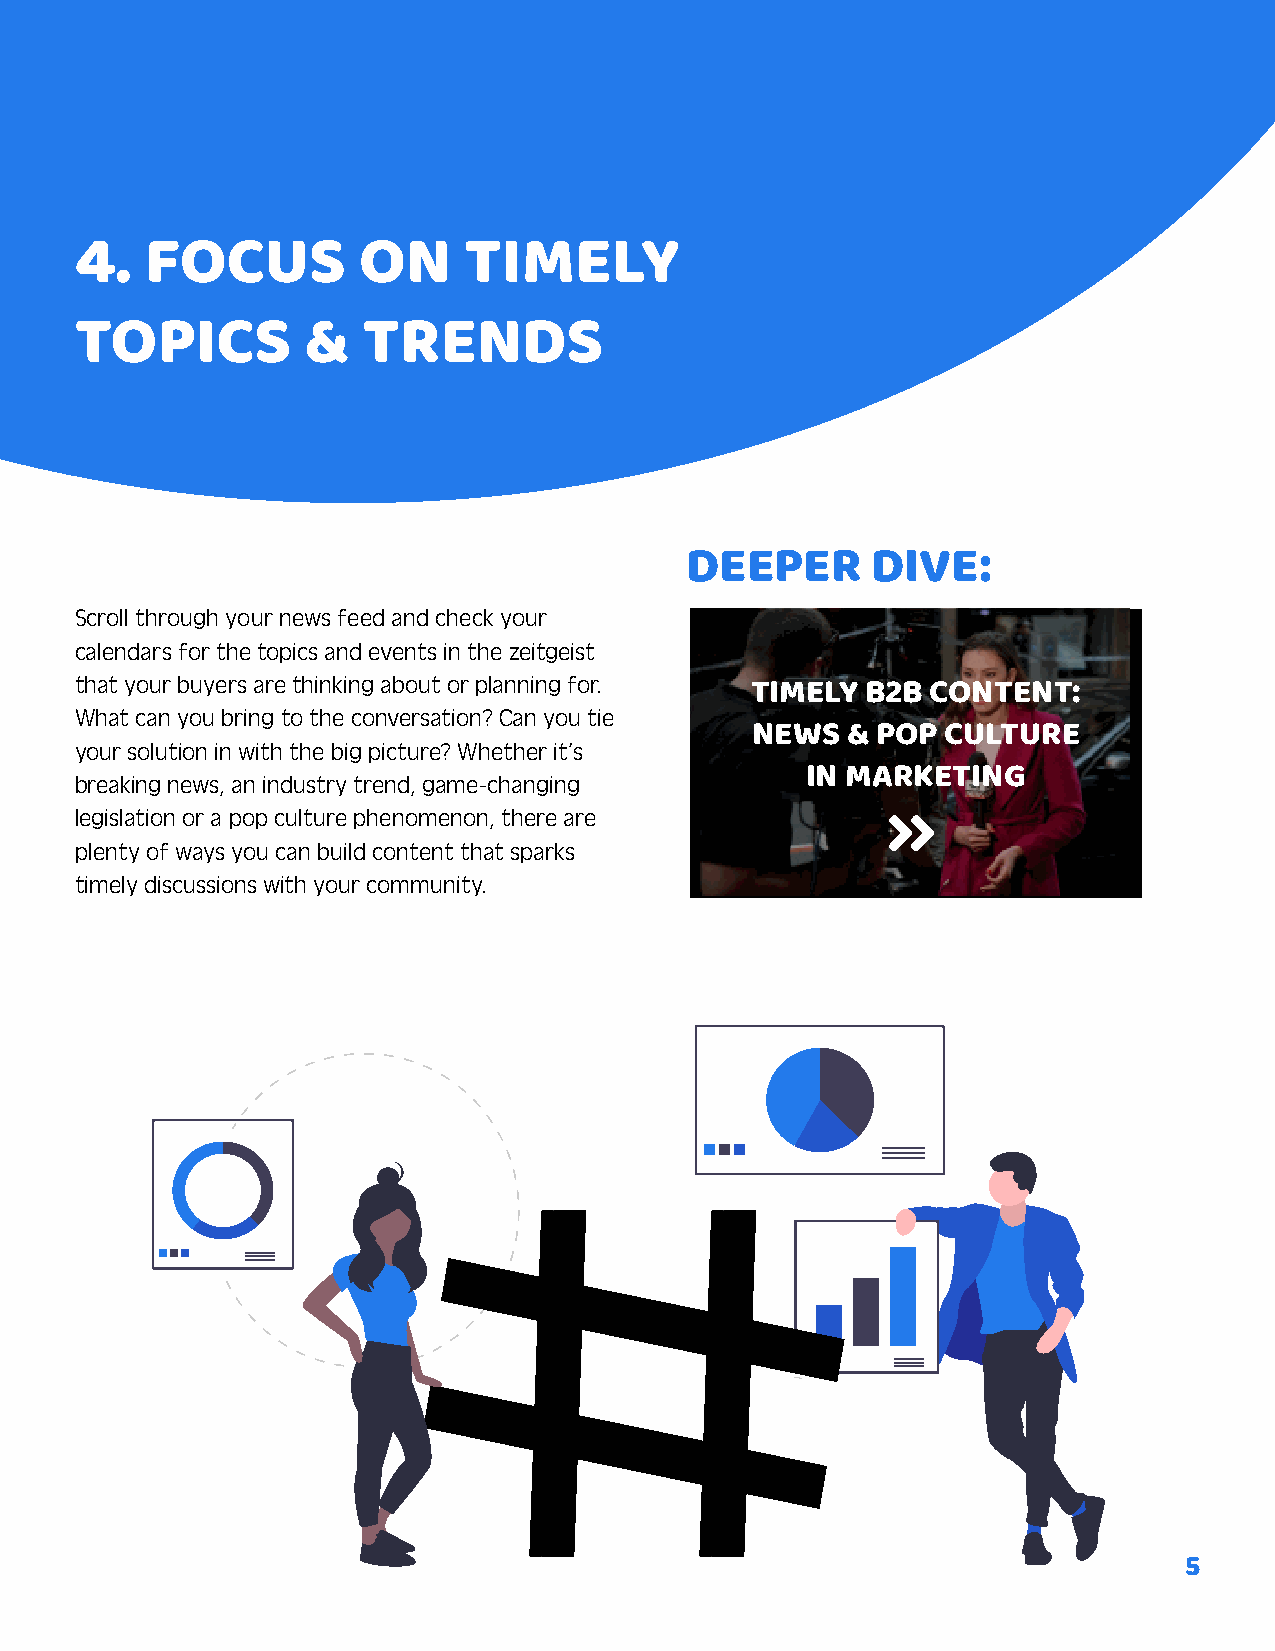
4.   FOCUS         ON     TIMELY
 TOPICS         &   TRENDS
 DEEPER       DIVE:
 Scroll through your news feed and check your
 calendars for the topics and events in the zeitgeist
 that your buyers are thinking about or planning for.
 TIMELY B2B  CONTENT:
 What can you bring to the conversation? Can you tie
 NEWS  & POP  CULTURE
 your solution in with the big picture? Whether it’s
 breaking news, an industry trend, game-changing IN MARKETING
 legislation or a pop culture phenomenon, there are    
 plenty of ways you can build content that sparks
 timely discussions with your community.
 5